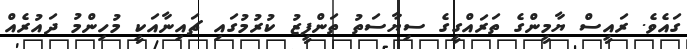
ގައެވެ. ރައީސް ޔާމީންގެ ތަރައްގީގެ ސިޔާސަތު ތަންފީޒު ކުރުމުގައި ޗައިނާއަކީ މުހިންމު ދައުރެއް